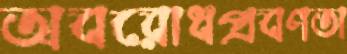
অবরোধপ্রবণতা